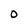
Character: O